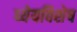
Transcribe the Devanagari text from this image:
ध्येयविशेष